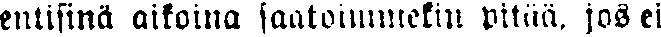
entisinä aikoina saatoimmekin pitää, jos ei